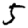
Digit: 5